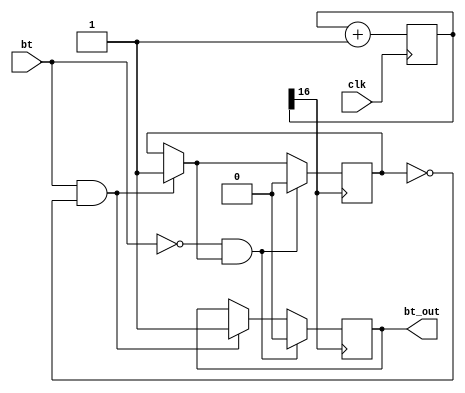
`timescale 1ns / 1ps
//////////////////////////////////////////////////////////////////////////////////
// Company: 
// Engineer: 
// 
// Design Name: 
// Module Name: bt_filter
// Project Name: 
// Target Devices: 
// Tool Versions: 
// Description: 
// 
// Dependencies: 
// 
// Revision:
// Revision 0.01 - File Created
// Additional Comments:
// 
//////////////////////////////////////////////////////////////////////////////////


module bt_filter(clk, bt, bt_out);
    input clk, bt;
    output reg bt_out;
    
    reg [31:0] cnt = 32'b0;
    reg bt_lag = 0;
    
    always@(posedge clk) begin
        cnt = cnt + 1;
    end
    
    always@(posedge cnt[16])begin
        if(bt==1 & bt_lag==0)begin
            bt_out = 1;
            bt_lag = 1;
        end
        if(bt==0 & bt_lag==1)begin
            bt_out=0;
            bt_lag=0;
        end
    end 
endmodule